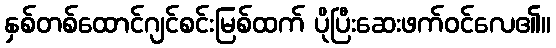
နှစ်တစ်ထောင်ဂျင်စင်းမြစ်ထက် ပိုပြီးဆေးဖက်ဝင်လေ၏။